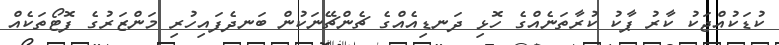
ކުޑަކުއްޖަކު ކާރު ޕާކު ކުރާތަނެއްގެ ހޮޅި ދަނޑިއެއްގެ ޗެންޗޭނަކުން ބަނދެފައިހުރި މަންޒަރުގެ ފޮޓޯތަކެއް